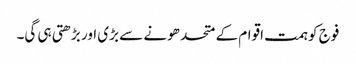
فوج کو ہمت اقوام کے متحد ھونے سے بڑی اور بڑھتی ہی گی۔